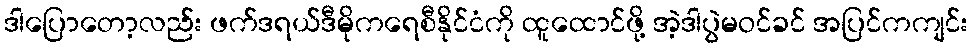
ဒါပြောတော့လည်း ဖက်ဒရယ်ဒီမိုကရေစီနိုင်ငံကို ထူထောင်ဖို့ အဲ့ဒါပွဲမဝင်ခင် အပြင်ကကျင်း